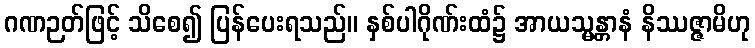
ဂဏဉတ်ဖြင့် သိစေ၍ ပြန်ပေးရသည်။ နှစ်ပါဂိုဏ်းထံ၌ အာယသ္မန္တာနံ နိဿဇ္ဇာမိဟု